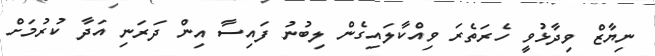
ނިޔާޒް ވިދާޅުވީ ހެރަތެރަ ވިއްކާލައިގެން ލިބުނު ފައިސާ އިން ދަރަނި އަދާ ކުރުމަށް